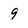
Character: 9